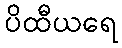
ပိထီယရေ